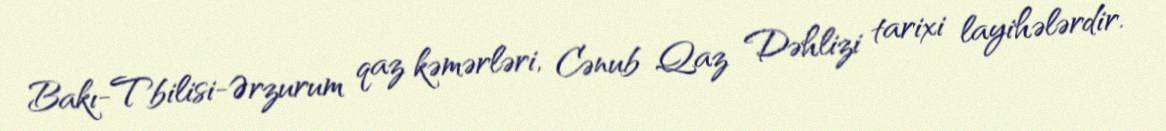
Bakı-Tbilisi-Ərzurum qaz kəmərləri, Cənub Qaz Dəhlizi tarixi layihələrdir.